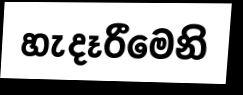
හැදෑරීමෙනි